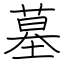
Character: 墓